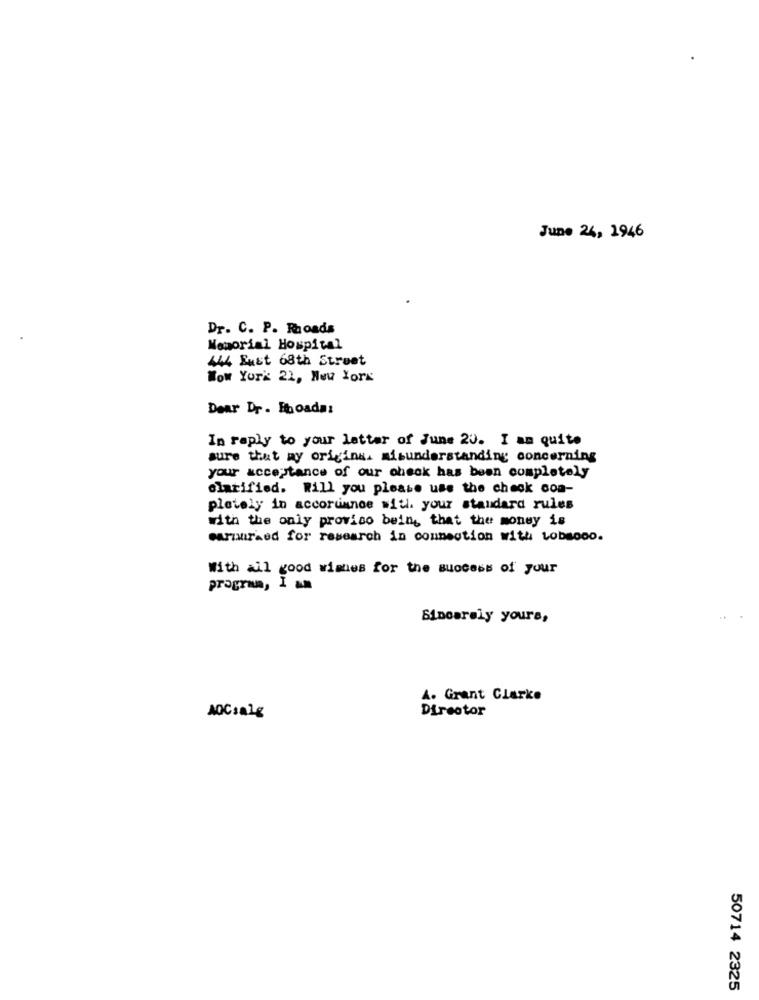
June 24, 1946
Dr. C. P. Raoads
Memorial Hospital
44 Eust 68th Street
Wow York 22, New York
Dear Dr . Foadai
In reply to your letter of June 20. I am quite
sure that my origina. misunderstanding concerning
your acceptance of our check has been completely
clarified. Will you please use the check con-
pletely in accorumnoe with. your standard rules
with the only proviso bein, that the money is
carnursed for research in connection with Lobsooo.
With all good wishes for the success of your
program, I am
Sincerely yours,
A. Grant Clarke
Director
ADCsalg
50714 2325